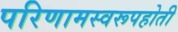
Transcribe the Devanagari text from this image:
परिणामस्वरूपहोती